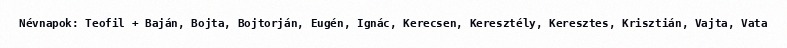
Névnapok: Teofil + Baján, Bojta, Bojtorján, Eugén, Ignác, Kerecsen, Keresztély, Keresztes, Krisztián, Vajta, Vata